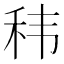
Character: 𮵠